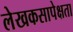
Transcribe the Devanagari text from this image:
लेखकसापेक्षता